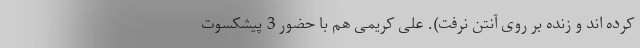
کرده اند و زنده بر روی آنتن نرفت). علی کریمی هم با حضور 3 پیشکسوت